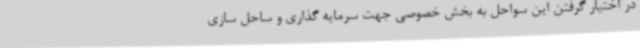
در اختیار گرفتن این سواحل به بخش خصوصی جهت سرمایه گذاری و ساحل سازی